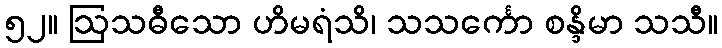
၅၂။ ဩသဓီသော ဟိမရံသိ၊ သသင်္ကော စန္ဒိမာ သသီ။